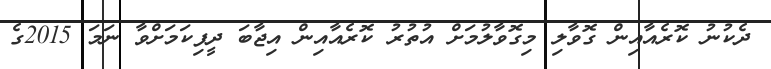
ދެކުނު ކޮރެއާއިން ގޮވާލި މިގޮވާލުމަށް އުތުރު ކޮރެއާއިން އިޖާބަ ދީފިކަމަށްވާ ނަމަ 2015ގެ